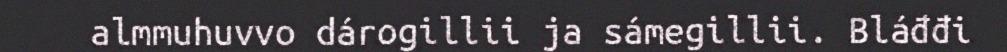
almmuhuvvo dárogillii ja sámegillii. Bláđđi